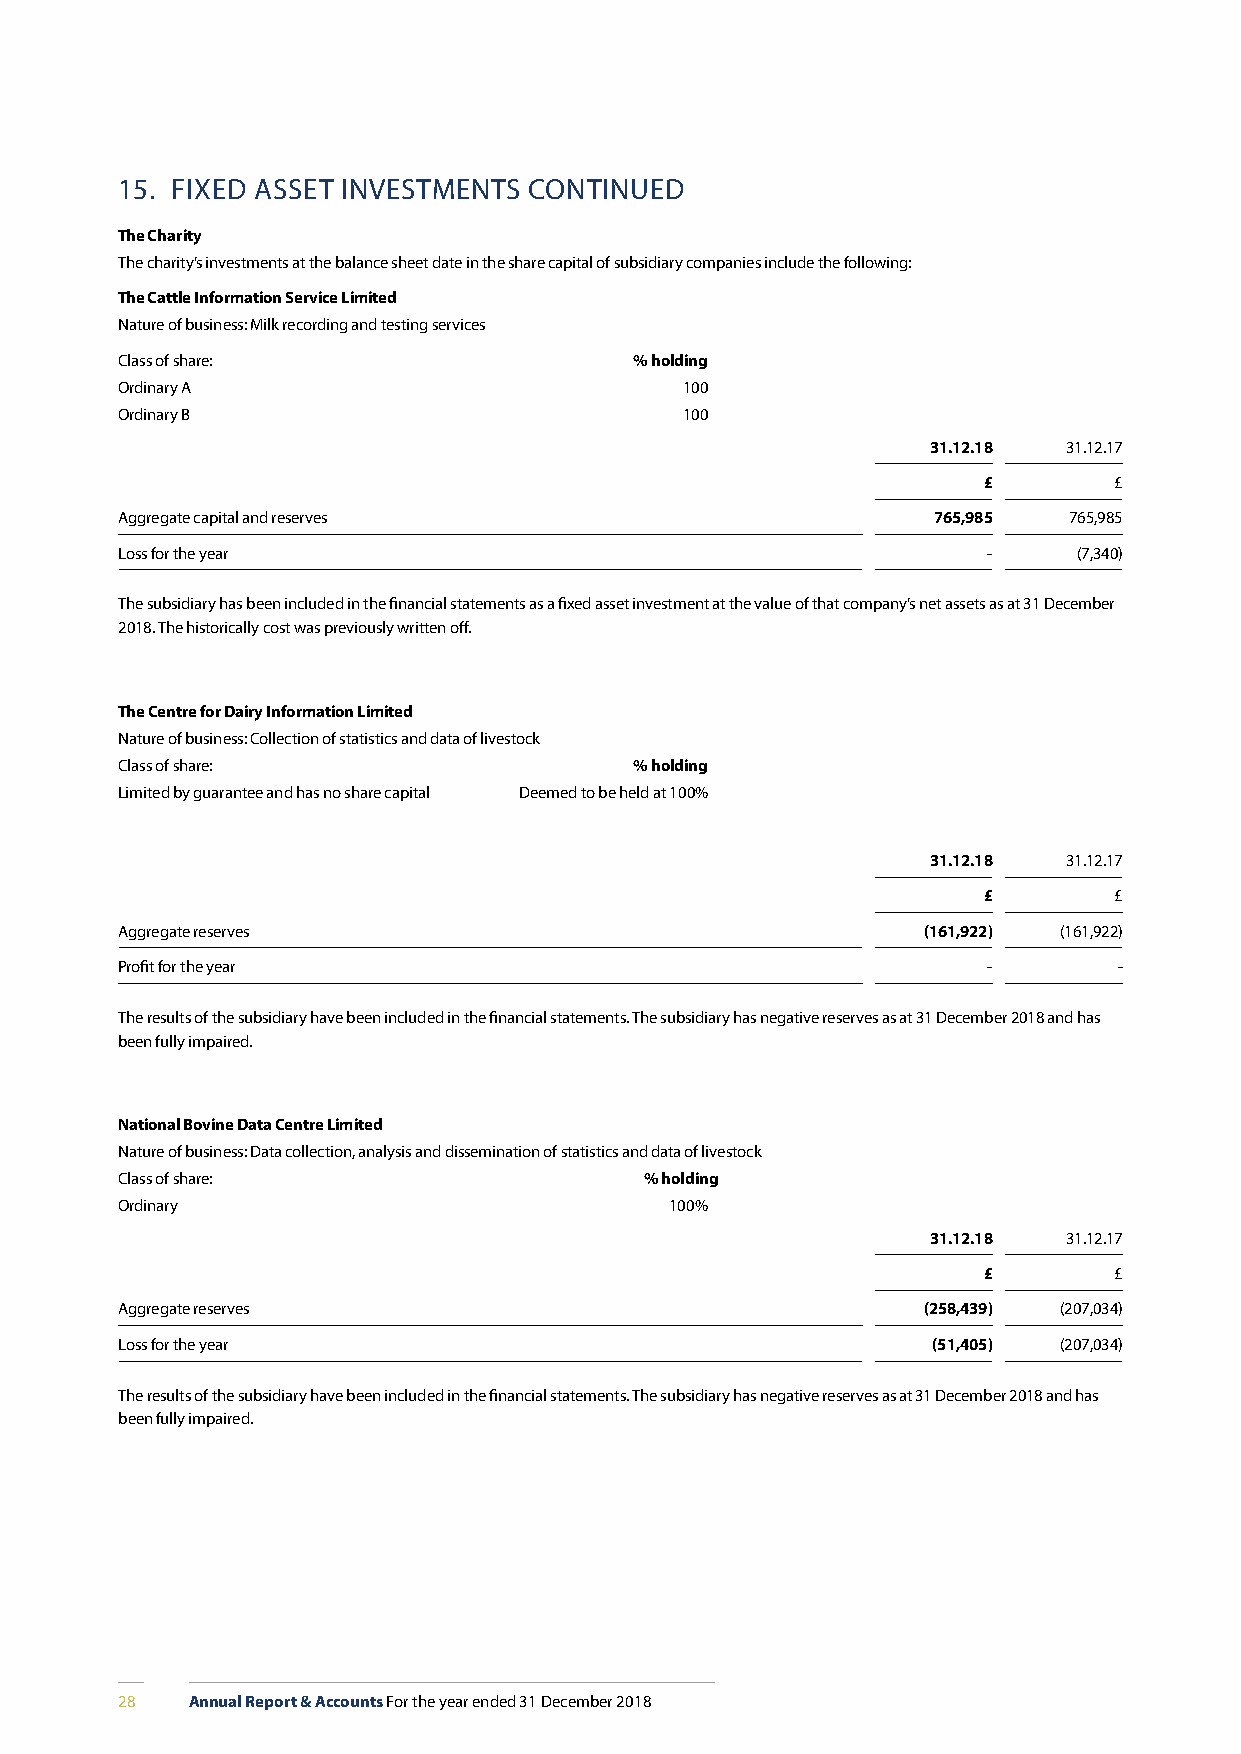
15. FIXED ASSET INVESTMENTS CONTINUED
 The Charity
 The charity’s investments at the balance sheet date in the share capital of subsidiary companies include the following:
 The Cattle Information Service Limited
 Nature of business: Milk recording and testing services
 Class of share:                   % holding
 Ordinary A                           100
 Ordinary B                           100
 31.12.18 31.12.17
 £        £
 Aggregate capital and reserves                        765,985  765,985
 Loss for the year                                        -     (7,340)
 The subsidiary has been included in the financial statements as a fixed asset investment at the value of that company’s net assets as at 31 December
 2018. The historically cost was previously written off.
 The Centre for Dairy Information Limited
 Nature of business: Collection of statistics and data of livestock
 Class of share:                   % holding
 Limited by guarantee and has no share capital Deemed to be held at 100%
 31.12.18 31.12.17
 £        £
 Aggregate reserves                                   (161,922) (161,922)
 Profit for the year                                      -        -
 The results of the subsidiary have been included in the financial statements. The subsidiary has negative reserves as at 31 December 2018 and has
 been fully impaired.
 National Bovine Data Centre Limited
 Nature of business: Data collection, analysis and dissemination of statistics and data of livestock
 Class of share:                    % holding
 Ordinary                            100%
 31.12.18 31.12.17
 £        £
 Aggregate reserves                                   (258,439) (207,034)
 Loss for the year                                     (51,405) (207,034)
 The results of the subsidiary have been included in the financial statements. The subsidiary has negative reserves as at 31 December 2018 and has
 been fully impaired.
 28   Annual Report & Accounts For the year ended 31 December 2018